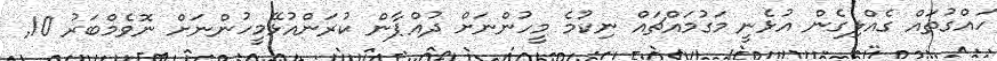
ހައްގުތައް ގެއްލިގެން އުޅެނީ މަގުމައްޗައް ނިކުމެ މީހުންނަށް ދުއްޕާން ކުރަންއުޅޭމީހުންނަށް ނޮވެމްބަރު 10